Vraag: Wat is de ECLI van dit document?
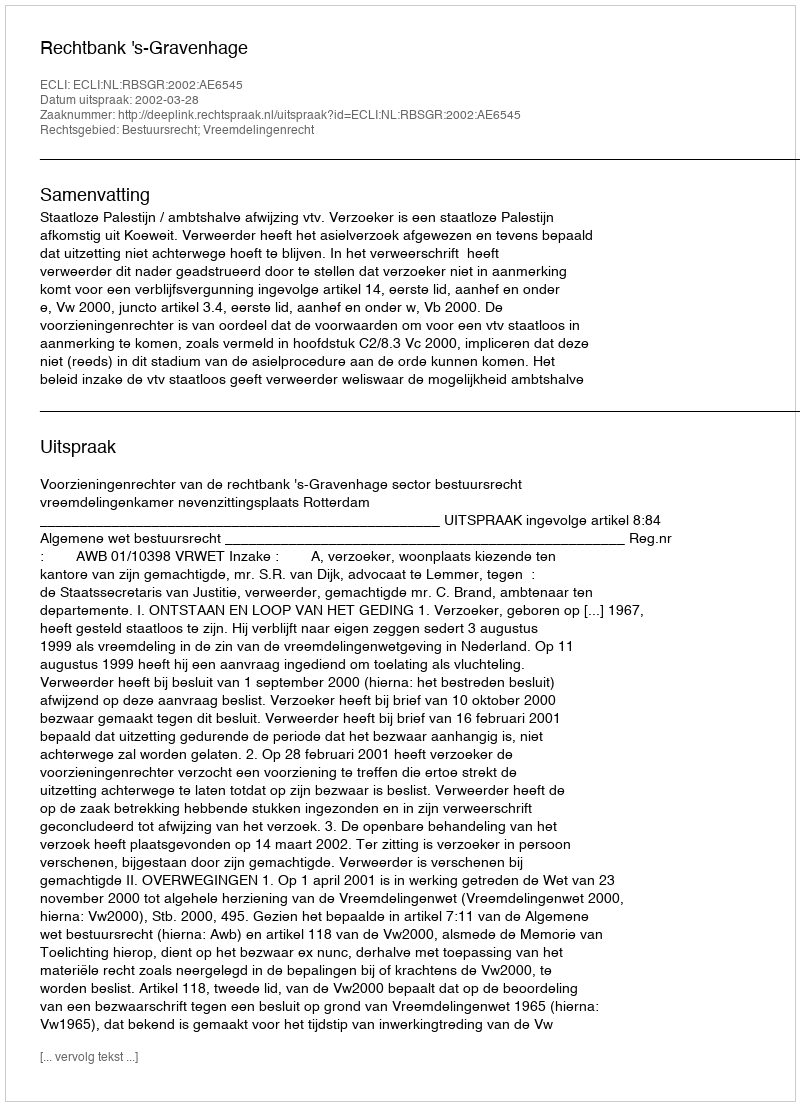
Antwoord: ECLI:NL:RBSGR:2002:AE6545